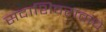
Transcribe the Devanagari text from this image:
सदाशिवरावांचे